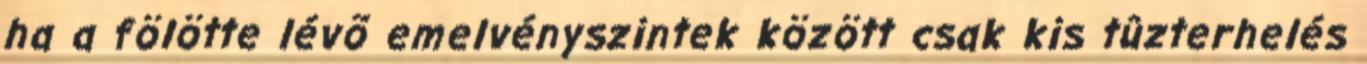
ha a fölötte lévõ emelvényszintek között csak kis tûzterhelés